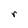
Character: r